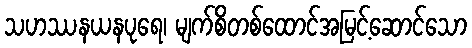
သဟဿနယနပုရေ၊ မျက်စိတစ်ထောင်အမြင့်ဆောင်သော